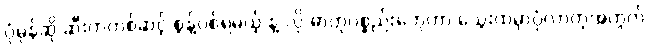
ပုံမှန်ဆို ဆီးကတစ်ဆင့် စွန့်ပစ်ရမယ့် နဲ့ လို ဓာတုပစ္စည်းတွေဟာ သွေးထဲမှာပုံလာတဲ့အတွက်